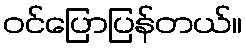
ဝင်ပြောပြန်တယ်။